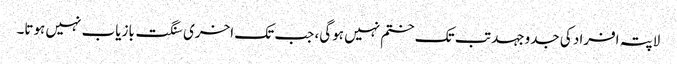
لاپتہ افراد کی جدوجہد تب تک ختم نہیں ہوگی، جب تک اخری سنگت بازیاب نہیں ہوتا۔